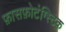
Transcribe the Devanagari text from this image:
फ़ासफ़ोटंग्स्टिक